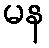
မန